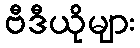
ဗီဒီယိုများ